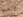
السبق